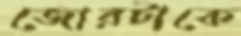
জোরটাকে